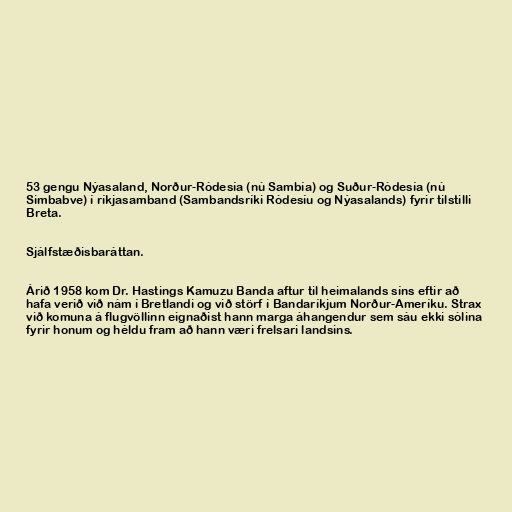
53 gengu Nýasaland, Norður-Ródesía (nú Sambía) og Suður-Ródesía (nú
Simbabve) í ríkjasamband (Sambandsríki Ródesíu og Nýasalands) fyrir tilstilli
Breta.

Sjálfstæðisbaráttan.

Árið 1958 kom Dr. Hastings Kamuzu Banda aftur til heimalands síns eftir að
hafa verið við nám í Bretlandi og við störf í Bandaríkjum Norður-Ameríku. Strax
við komuna á flugvöllinn eignaðist hann marga áhangendur sem sáu ekki sólina
fyrir honum og héldu fram að hann væri frelsari landsins.